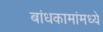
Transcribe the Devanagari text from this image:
बांधकामांमध्ये